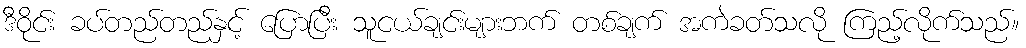
ဒီဝိုင်း ခပ်တည်တည်နှင့် ပြောပြီး သူငယ်ချင်းများဘက် တစ်ချက် အကဲခတ်သလို ကြည့်လိုက်သည်။